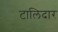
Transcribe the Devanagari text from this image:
टालिदार